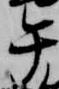
午